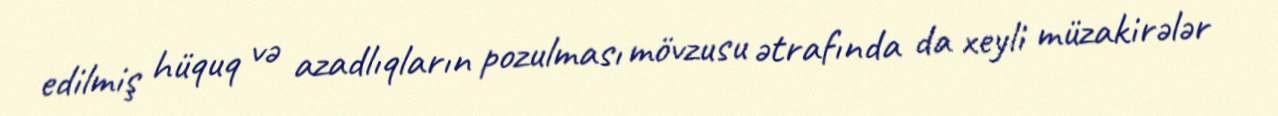
edilmiş hüquq və azadlıqların pozulması mövzusu ətrafında da xeyli müzakirələr